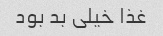
غذا خیلی بد بود